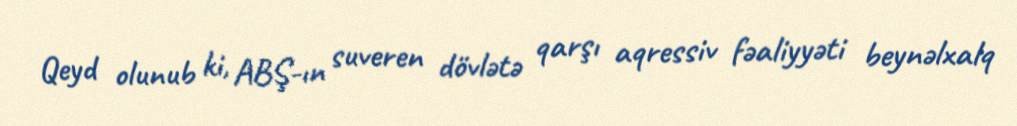
Qeyd olunub ki, ABŞ-ın suveren dövlətə qarşı aqressiv fəaliyyəti beynəlxalq